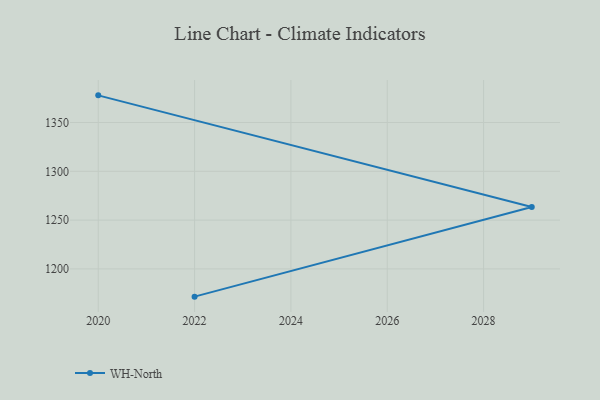
{"axis": {"x": "Year", "y": "Active Users"}, "legend": ["WH-North"], "data": [{"x": "2022", "y": 1171.6, "type": "WH-North"}, {"x": "2029", "y": 1263.4, "type": "WH-North"}, {"x": "2020", "y": 1377.8, "type": "WH-North"}]}